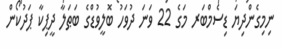
ނިމިގެންދިޔަ ޑިސެމްބަރ މަގެ 22 ވަނަ ދުވަހު ބޮލީވުޑްގެ ބަޠަލާ ދީޕިކާ ޕަދުކޯން